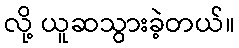
လို့ ယူဆသွားခဲ့တယ်။